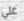
علي